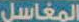
المغاسل